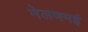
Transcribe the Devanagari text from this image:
मेलणमई